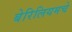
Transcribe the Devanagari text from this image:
बेरिलियमचे